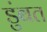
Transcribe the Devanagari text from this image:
डुंबत